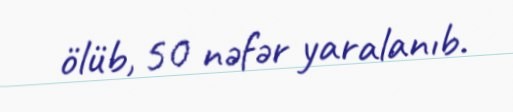
ölüb, 50 nəfər yaralanıb.